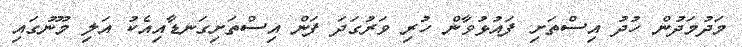
މަދުމަދުން ހުދު އިސްތަށި ފައުޅުވާން ހުރި ވަރުގަދަ ފަން އިސްތަށިގަނޑާއިއެކު އަލި މޫނުގައި